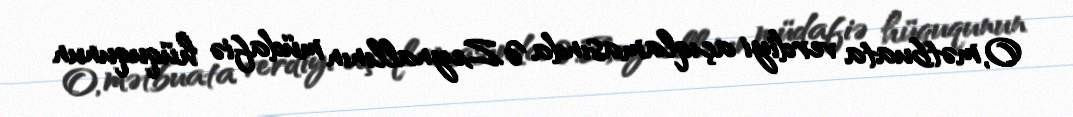
O, mətbuata verdiyi açıqlamasında Ə.Zeynallının müdafiə hüququnun